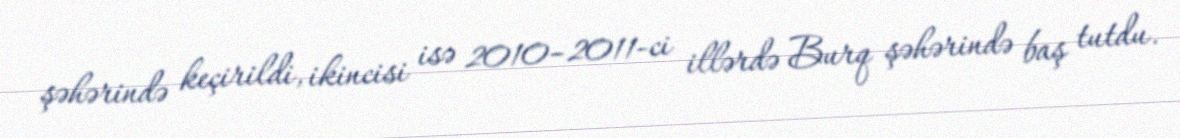
şəhərində keçirildi, ikincisi isə 2010–2011-ci illərdə Burq şəhərində baş tutdu.